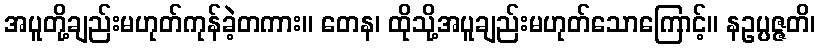
အပူတို့ချည်းမဟုတ်ကုန်ခဲ့တကား။ တေန၊ ထိုသို့အပူချည်းမဟုတ်သောကြောင့်။ နဥပ္ပဇ္ဇတိ၊